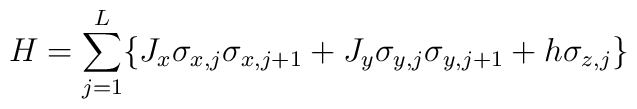
H= \sum_{j=1}^{L} \{ J_{x} \sigma_{x,j}\sigma_{x,j+1} + J_{y} \sigma_{y,j}\sigma_{y,j+1}  + h \sigma_{z,j} \}  \\\nonumber